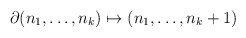
\begin{align*}\partial (n_{1},\dots ,n_{k})\mapsto (n_{1},\dots ,n_{k}+1)\end{align*}